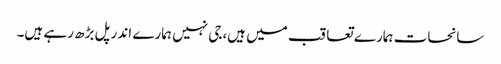
سانحات ہمارے تعاقب میں ہیں،جی نہیں ہمارے اندر پل بڑھ رہے ہیں۔